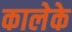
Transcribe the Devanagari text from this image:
कालेके